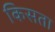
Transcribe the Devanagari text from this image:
किसता